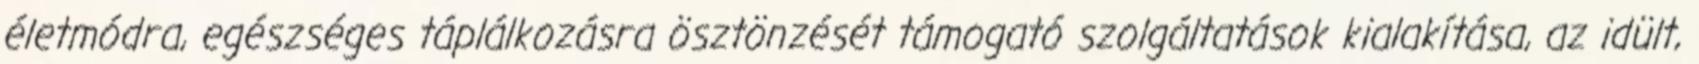
életmódra, egészséges táplálkozásra ösztönzését támogató szolgáltatások kialakítása, az idült,